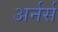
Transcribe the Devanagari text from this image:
अर्नर्स